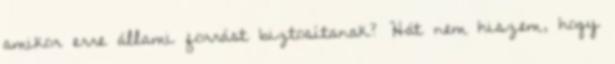
amikor erre állami forrást biztosítanak? Hát nem hiszem, hogy